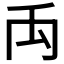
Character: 𥜻